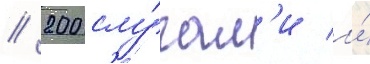
/ 200 слу́гам'и и́